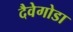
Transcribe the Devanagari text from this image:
दैवेगोडा